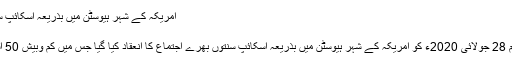
امریکہ کے شہر ہیوسٹن میں بذریعہ اسکائپ سنتوں بھرے اجتماع کا انعقاد
Sun, 9 Aug , 2020
دعوت اسلامی کے زیر اہتمام 28 جولائی 2020ء کو امریکہ کے شہر ہیوسٹن میں بذریعہ اسکائپ سنتوں بھرے اجتماع کا انعقاد کیا گیا جس میں کم وبیش 50 اسلامی بہنوں نے شرکت کی۔